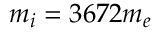
m _ { i } = 3 6 7 2 m _ { e }